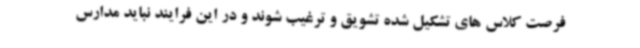
فرصت کلاس های تشکیل شده تشویق و ترغیب شوند و در این فرایند نباید مدارس